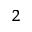
^ { 2 }